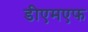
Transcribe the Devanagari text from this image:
डीएमएफ